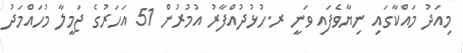
މިއަދު މައްކާގައި ނިޔާވެފައި ވަނީ ރ.ހުޅުދުއްފާރު އުމުރުން 51 އަހަރުގެ ޖަމީލާ މުހައްމަދު